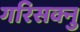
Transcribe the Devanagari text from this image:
गरिसक्नु